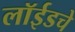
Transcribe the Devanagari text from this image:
लॉईडचे